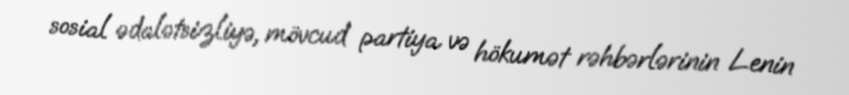
sosial ədalətsizliyə, mövcud partiya və hökumət rəhbərlərinin Lenin